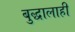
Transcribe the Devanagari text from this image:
बुद्धालाही